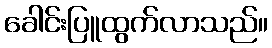
ခေါင်းပြူထွက်လာသည်။